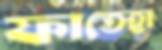
ফাতেহা